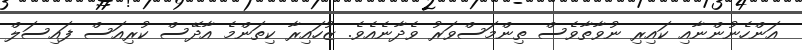
އަންހެނުންނާއި ކައިރި ނުވާތާވެސް ތިންމަސްވަރު ވެދާނެއެވެ. ޒުހައިރާ ކިތަންމެ އާދޭސް ކުރިއަސް ފައިސަލް